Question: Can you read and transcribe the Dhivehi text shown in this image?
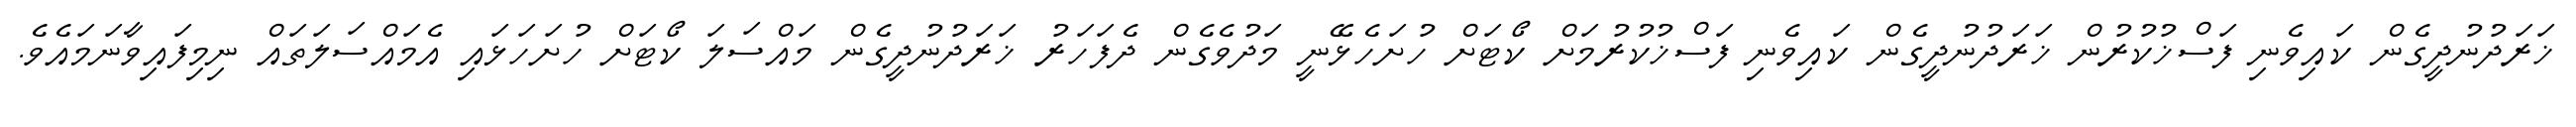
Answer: ޚަރަދުނުދީގެން ކައިވެނި ފަސްޚުކުރުން ޚަރަދުނުދީގެން ކައިވެނި ފަސްޚުކުރުމަށް ކޯޓަށް ހުށަހެޅޭނީ މަދުވެގެން ދެފަހަރު ޚަރަދުނުދީގެން މައްސަލަ ކޯޓަށް ހުށަހަޅައި އެމައްސަލަތައް ނިމިފައިވާނަމައެވެ.